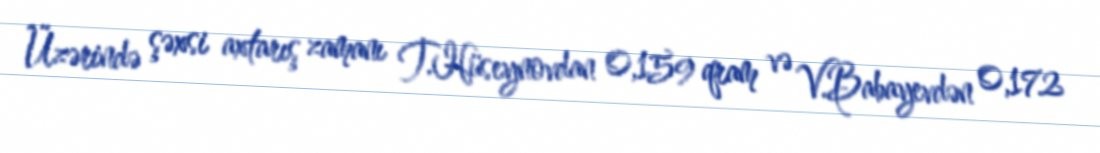
Üzərində şəxsi axtarış zamanı T.Hüseynovdan 0,159 qram və V.Babayevdən 0,172